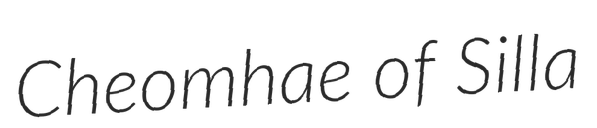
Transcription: Cheomhae of Silla